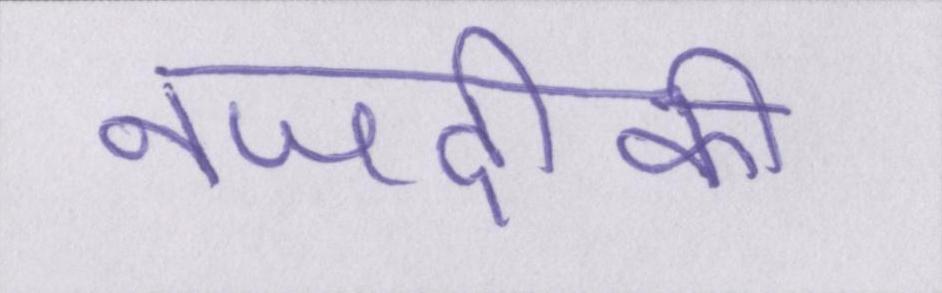
नजदीकी